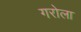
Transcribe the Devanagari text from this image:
गरोला